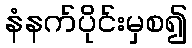
နံနက်ပိုင်းမှစ၍